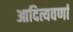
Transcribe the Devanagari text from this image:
आदित्यवर्णा